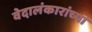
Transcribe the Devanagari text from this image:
वेदालंकारांच्या